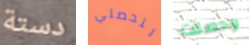
دستة لتحصلي وحصلت